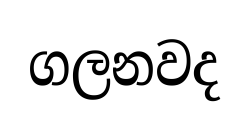
ගලනවද